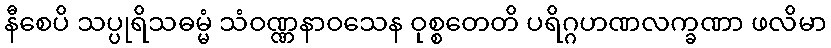
နီစေပိ သပ္ပုရိသဓမ္မံ သံဝဏ္ဏနာဝသေန ဝုစ္စတေတိ ပရိဂ္ဂဟဏလက္ခဏာ ဖလိမာ